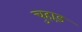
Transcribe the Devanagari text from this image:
चुहाड़